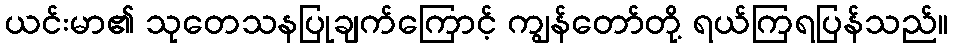
ယင်းမာ၏ သုတေသနပြုချက်ကြောင့် ကျွန်တော်တို့ ရယ်ကြရပြန်သည်။